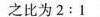
之比为2:1